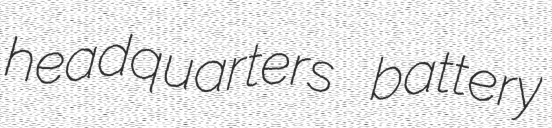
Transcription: headquarters battery